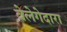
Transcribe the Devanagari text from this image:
वेलेगेदारा